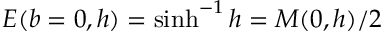
E ( b = 0 , h ) = \sinh ^ { - 1 } { h } = M ( 0 , h ) / 2